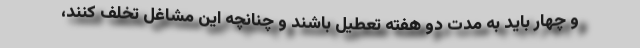
و چهار باید به مدت دو هفته تعطیل باشند و چنانچه این مشاغل تخلف کنند،